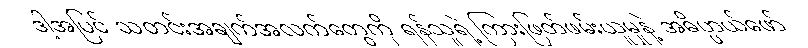
ဒါ့အပြင် သတင်းအချက်အလက်တွေကို ရန်သူရဲ့ ကြားဖြတ်ဖမ်းယူမှုနဲ့ အဓိပ္ပာယ်ဖော်